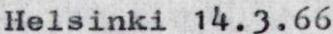
Helsinki 14.3.66